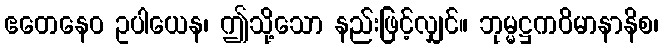
ဧတေနေဝ ဥပါယေန၊ ဤသို့သော နည်းဖြင့်လျှင်။ ဘုမ္မဋ္ဌကဝိမာနာနိစ၊